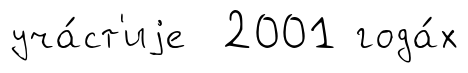
уча́ст'иjе 2001 года́х